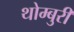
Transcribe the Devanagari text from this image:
थोम्बुरी